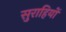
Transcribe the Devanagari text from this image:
सुराहियों